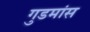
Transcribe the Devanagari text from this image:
गुडमांस